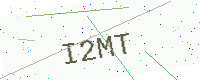
Text: I2MT